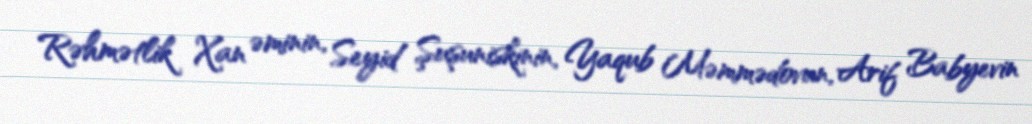
Rəhmətlik Xan əminin, Seyid Şuşuniskinin, Yaqub Məmmədovun, Arif Babyevin